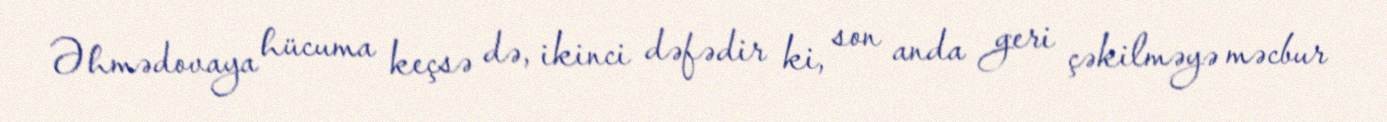
Əhmədovaya hücuma keçsə də, ikinci dəfədir ki, son anda geri çəkilməyə məcbur